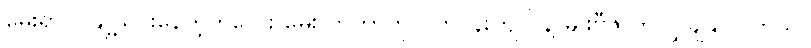
မွေးရာပါ ချို့ယွင်းနေတဲ့ကလေး မွေးလာတာကို ပတ်ဝန်းကျင် နဲ့ မျိုးဗီဇ ကို လွှဲချနိုင်ပါတယ်။